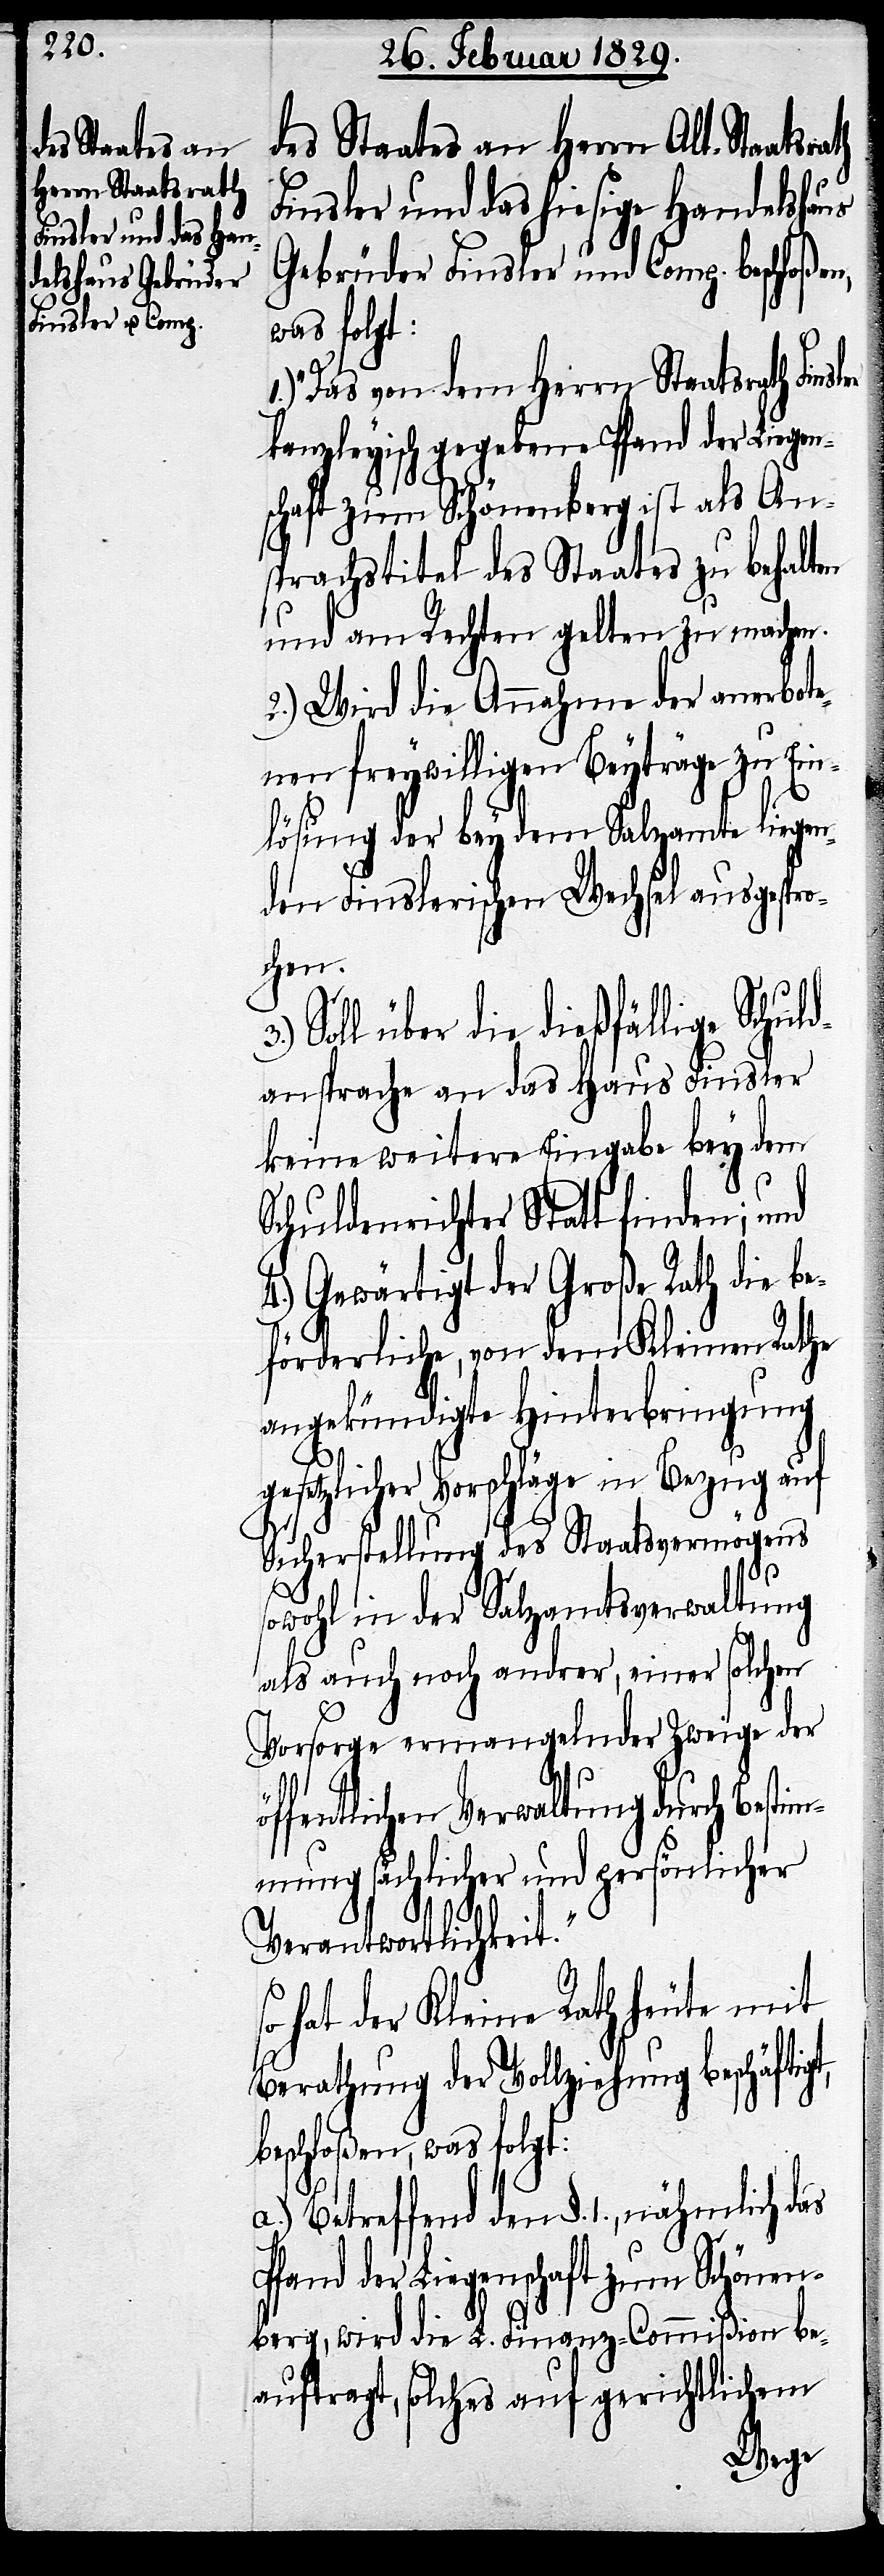
ö¬
Herrn Staatsrath

des Staates an Herrn Alt-Staatsrath
Finsler und das hiesige Handelshaus
Gebrüder Finsler und Comp. beschloßen,
was folgt:
kanzleyisch gegebene Pfand der Liegen¬
schaft zum Schönenberg ist als An¬
prachstitel des Staates zu behalten
und am Rechten gelten zu machen.
2.) Wird die Annahme der anerbote¬
nen freywilligen Beyträge zu Ein¬
lösung der bey dem Salzamte liegen¬
den Finslerischen Wechsel ausgepro¬
chen.
Soll über dießfällige Schul¬
dansprache an das Haus Finsler
keine weitere Eingabe bey dem
Schuldenrichter Statt finden; und
4.) Gewärtigt der Große Rath die be¬
förderliche, von dem Kleinen Rathe
angekündigte Hinterbringung
gesetzlicher Vorschläge in Bezug auf
Sicherstellung des Staatsvermögens
sowohl in der Salzverwaltung
als auch noch andrer, einer solchen
Vorsorge ermangelnden Zweige der
ffentlichen Verwaltung durch Best¬
immung gesetzlicher und persönlicher
Verantwortlichkeit.“
hat der Kleine Rath mit
Berathung der Vollziehung beschäftigt,
beschloßen, was folgt:
a.) Betreffend den §. 1., nähmlich das
Pfand der Liegenschaft zum Schönen¬
berg, wird die L. Finanz-Commißion be¬
auftragt, solches auf gerichtlichem